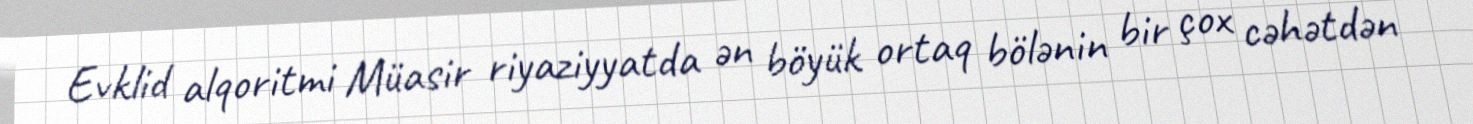
Evklid alqoritmi Müasir riyaziyyatda ən böyük ortaq bölənin bir çox cəhətdən